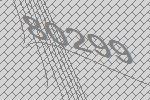
80299